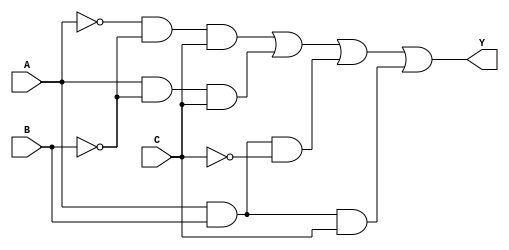
module combinational_logic (
    input wire A,  // Input variable A
    input wire B,  // Input variable B
    input wire C,  // Input variable C
    output wire Y  // Output variable Y
);

// Sum of Products (SOP) implementation
// Example function: Y = A'B'C + AB'C + ABC' + ABC
wire term1 = ~A & ~B & C;  // A'B'C
wire term2 = A & ~B & C;   // AB'C
wire term3 = A & B & ~C;   // ABC'
wire term4 = A & B & C;    // ABC

// Final output Y using OR operation
assign Y = term1 | term2 | term3 | term4;

// Alternatively, Product of Sums (POS) implementation
// Example function: Y = (A + B + C')(A' + B + C)(A' + B' + C)
// Uncomment the following lines to use POS instead
/*
wire sum1 = A | B | ~C;    // (A + B + C')
wire sum2 = ~A | B | C;    // (A' + B + C)
wire sum3 = ~A | ~B | C;   // (A' + B' + C)

// Final output Y using AND operation
assign Y = sum1 & sum2 & sum3;
*/

endmodule